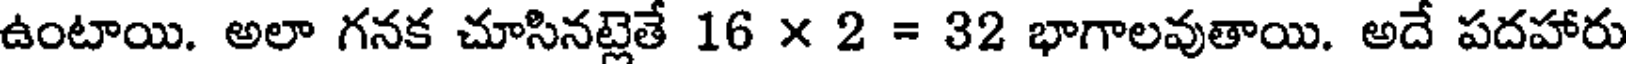
ఉంటాయి. అలా గనక చూసినట్లెతే 16 x 2 = 32 భాగాలవుతాయి. అదే పదహారు